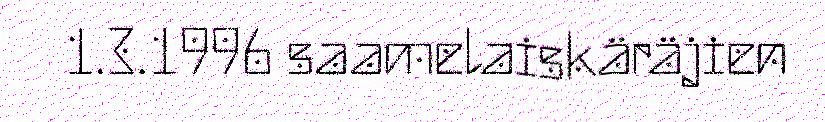
1.3.1996 saamelaiskäräjien